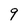
Character: 9